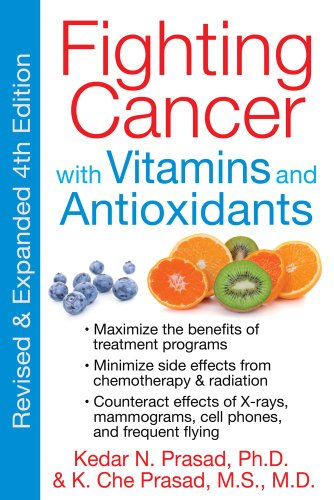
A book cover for Fighting Cancer with Vitamins and Antioxidants; Kedar N. Prasad Ph.D.; Health, Fitness & Dieting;